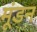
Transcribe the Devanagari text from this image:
मूंडन